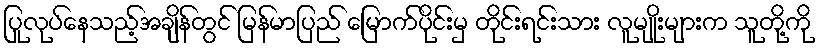
ပြုလုပ်နေသည့်အချိန်တွင် မြန်မာပြည် မြောက်ပိုင်းမှ တိုင်းရင်းသား လူမျိုးများက သူတို့ကို